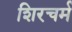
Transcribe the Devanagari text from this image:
शिरचर्म